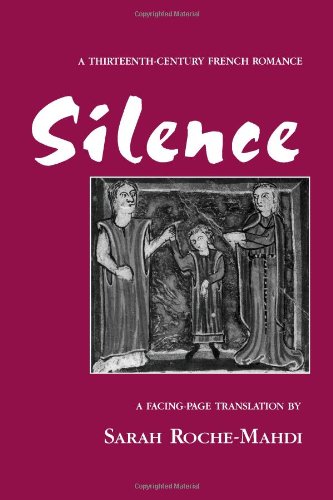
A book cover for Silence: A Thirteenth-Century French Romance (Medieval Texts and Studies); Sarah Roche-Mahdi; Romance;